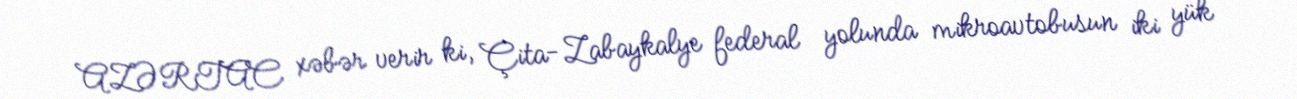
AZƏRTAC xəbər verir ki, Çita-Zabaykalye federal yolunda mikroavtobusun iki yük